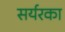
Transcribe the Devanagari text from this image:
सर्यरका